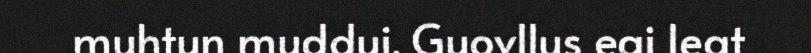
muhtun muddui. Guovllus eai leat